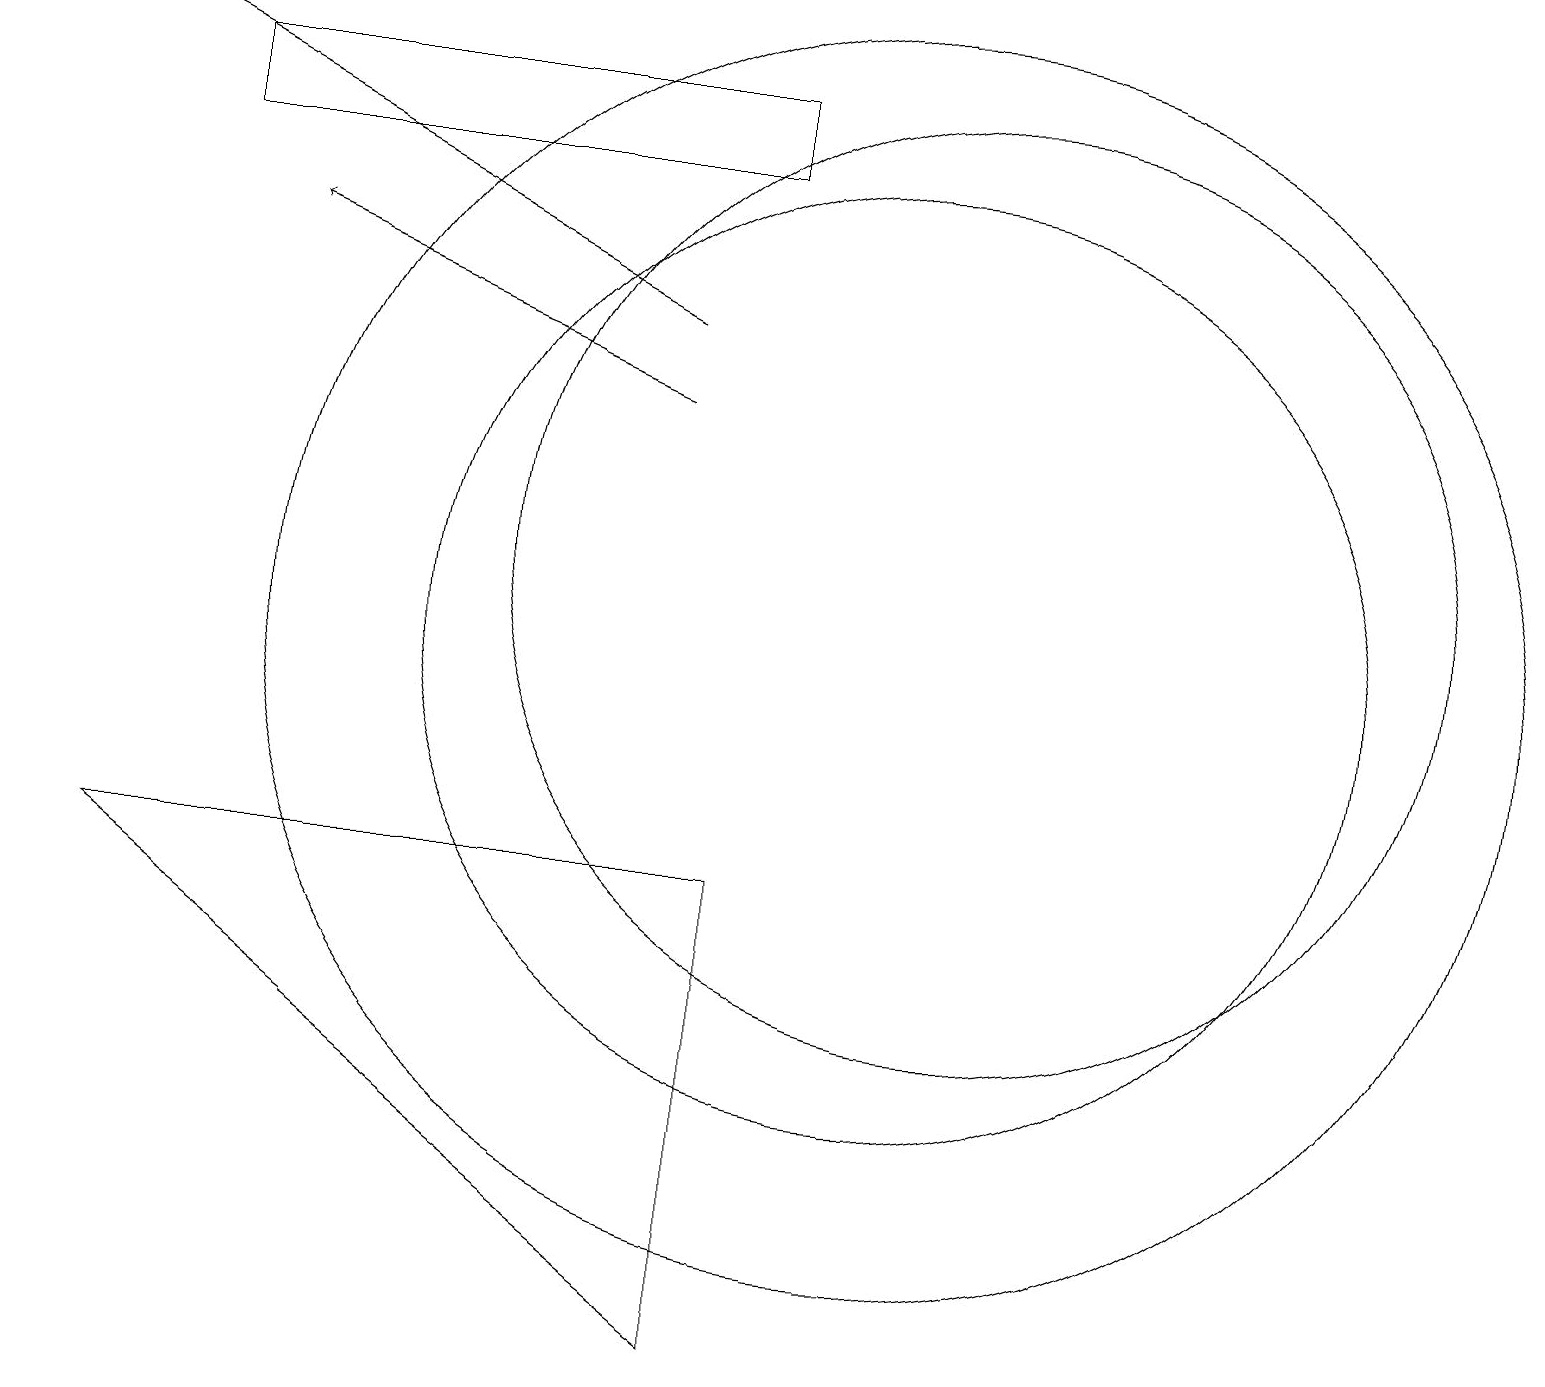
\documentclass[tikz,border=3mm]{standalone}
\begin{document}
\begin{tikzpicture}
\draw (9,17) rectangle (2,16);
\draw (11,10) circle (6);
\draw[->] (8,14) -- (0,18);
\draw (12,11) circle (6);
\draw (11,10) circle (8);
\draw (1,7) -- (9,1) -- (9,7) -- cycle;
\draw[->] (8,13) -- (3,15);
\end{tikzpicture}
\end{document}